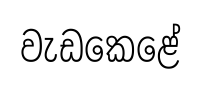
වැඩකෙළේ